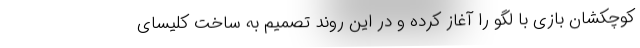
کوچکشان بازی با لگو را آغاز کرده و در این روند تصمیم به ساخت کلیسای